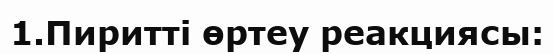
1.Пиритті өртеу реакциясы: